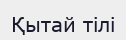
Қытай тілі